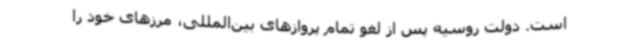
است. دولت روسیه پس از لغو تمام پروازهای بین‌المللی، مرزهای خود را